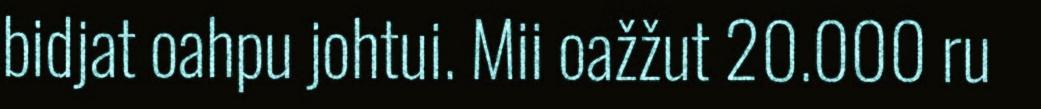
bidjat oahpu johtui. Mii oažžut 20.000 ru